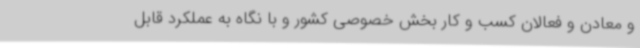
و معادن و فعالان کسب و کار بخش خصوصی کشور و با نگاه به عملکرد قابل